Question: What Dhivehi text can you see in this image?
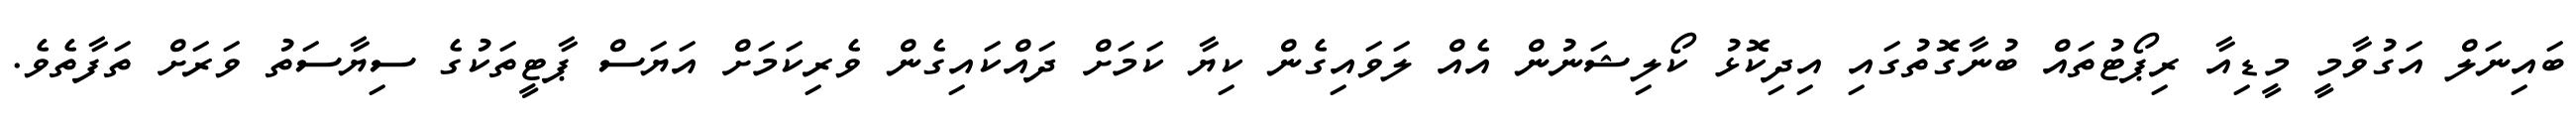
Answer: ބައިނަލް އަގުވާމީ މީޑިއާ ރިޕޯޓުތައް ބުނާގޮތުގައި އިދިކޮޅު ކޯލިޝަނުން އެއް ލަވައިގެން ކިޔާ ކަމަށް ދައްކައިގެން ވެރިކަމަށް އަޔަސް ޕާޓީތަކުގެ ސިޔާސަތު ވަރަށް ތަފާތެވެ.